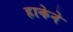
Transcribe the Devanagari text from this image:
हाकेने